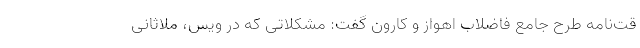
قت‌نامه طرح جامع فاضلاب اهواز و کارون گفت: مشکلاتی که در ویس، ملاثانی